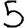
Digit: 5